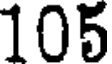
105